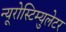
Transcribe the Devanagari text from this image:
न्यूरोस्टिम्युलेटर